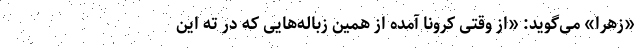
«زهرا» می‌گوید: «از وقتی کرونا آمده از همین زباله‌هایی که در ته این